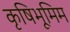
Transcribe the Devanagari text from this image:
कृषिभूमिम